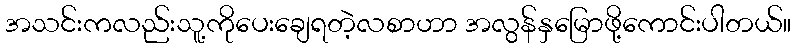
အသင်းကလည်းသူ့ကိုပေးချေရတဲ့လစာဟာ အလွန်နှမြောဖို့ကောင်းပါတယ်။